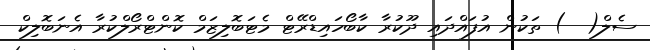
ސެލް(  ) ތަކުން އުފައްދައި ދޫކުރާ ކާބޯހައިޑްރޭޓް މެޓަބޮލިޒަމް ކޮންޓްރޯލްކުރާ އެނަބޮލިކް